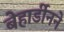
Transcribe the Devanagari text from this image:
बेहार्डीनने